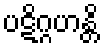
ပဋိဂ္ဂဟန္တိ